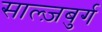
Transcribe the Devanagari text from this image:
साल्ज़बुर्ग